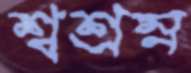
শ্বশ্রম্ন